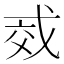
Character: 𫻱